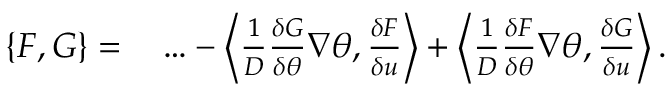
\begin{array} { r l } { \{ F , G \} = } & { { } \ldots - \left\langle \frac { 1 } { D } \frac { \delta G } { \delta \theta } \nabla \theta , \frac { \delta F } { \delta u } \right\rangle + \left\langle \frac { 1 } { D } \frac { \delta F } { \delta \theta } \nabla \theta , \frac { \delta G } { \delta u } \right\rangle . } \end{array}